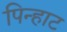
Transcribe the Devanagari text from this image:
पिन्हाट